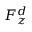
F _ { z } ^ { d }